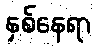
နှစ်နေရာ